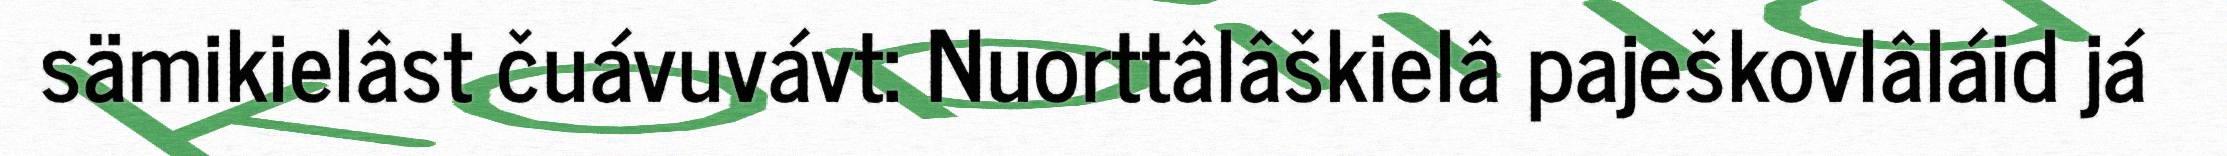
sämikielâst čuávuvávt: Nuorttâlâškielâ paješkovlâláid já